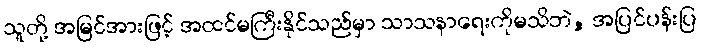
သူတို့ အမြင်အားဖြင့် အထင်မကြီးနိုင်သည်မှာ သာသနာရေးကိုမသိဘဲ, အပြင်ပန်းပြ